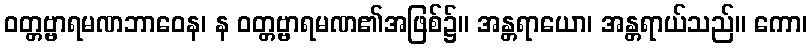
ဝတ္တဗ္ဗာရမဏဘာဝေန၊ န ဝတ္တဗ္ဗာရမဏ၏အဖြစ်၌။ အန္တရာယော၊ အန္တရာယ်သည်။ ကော၊